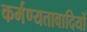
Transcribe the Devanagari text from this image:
कर्मण्यतावादियों